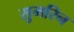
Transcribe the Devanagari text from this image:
सुमरिन